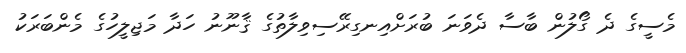
މެސީގެ ދެ ގޯލުން ބާސާ ދެވަނަ ބުރަށްއިނގިރޭސިވިލާތުގެ ޤާނޫނު ހަދާ މަޖިލީހުގެ މެންބަރަކު